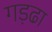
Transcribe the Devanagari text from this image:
गड़ढा